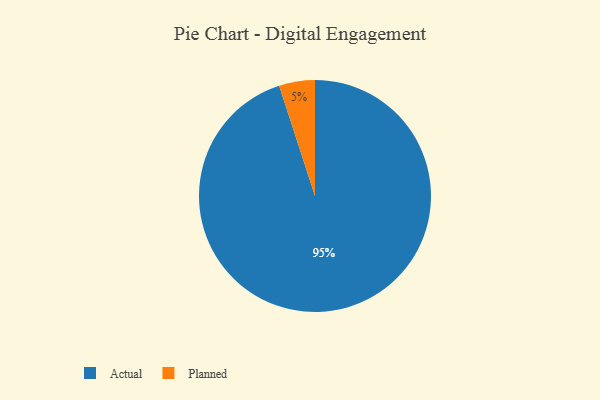
{"axis": {"x": "Category", "y": "Percentage"}, "legend": ["Actual", "Planned"], "data": [{"x": "Actual", "y": 95, "type": "Actual"}, {"x": "Planned", "y": 5, "type": "Planned"}]}